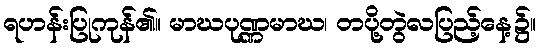
ရဟန်းပြုကုန်၏။ မာဃပုဏ္ဏမာဃ၊ တပို့တွဲလပြည့်နေ့၌။